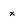
Character: x